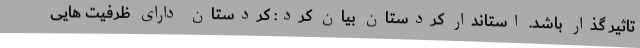
تاثیر گذار باشد. استاندار کردستان بیان کرد: کردستان دارای ظرفیت هایی